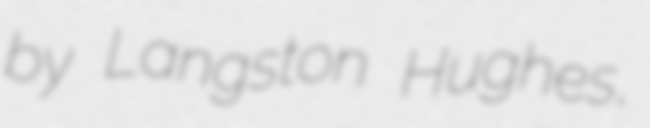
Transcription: by Langston Hughes,